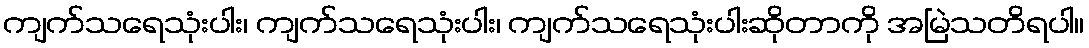
ကျက်သရေသုံးပါး၊ ကျက်သရေသုံးပါး၊ ကျက်သရေသုံးပါးဆိုတာကို အမြဲသတိရပါ။